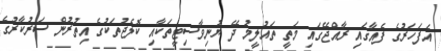
އެފަހަރުގެ ފެއާގައި ރާއްޖޭގައި މަތީ ތައުލީމު ދޭ ޔުނިވާސިޓީތަކާއި ކޮލެޖުތަކުގެ އިތުރުން ސަރުކާރުގެ